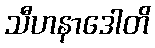
သီဟနာဒေါတိ